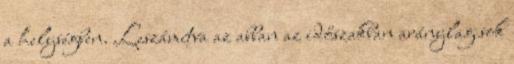
a helységben. Leszámítva az abban az időszakban aránylag sok